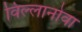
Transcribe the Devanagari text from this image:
विल्लानोवा